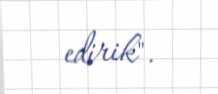
edirik".